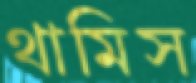
থামিস